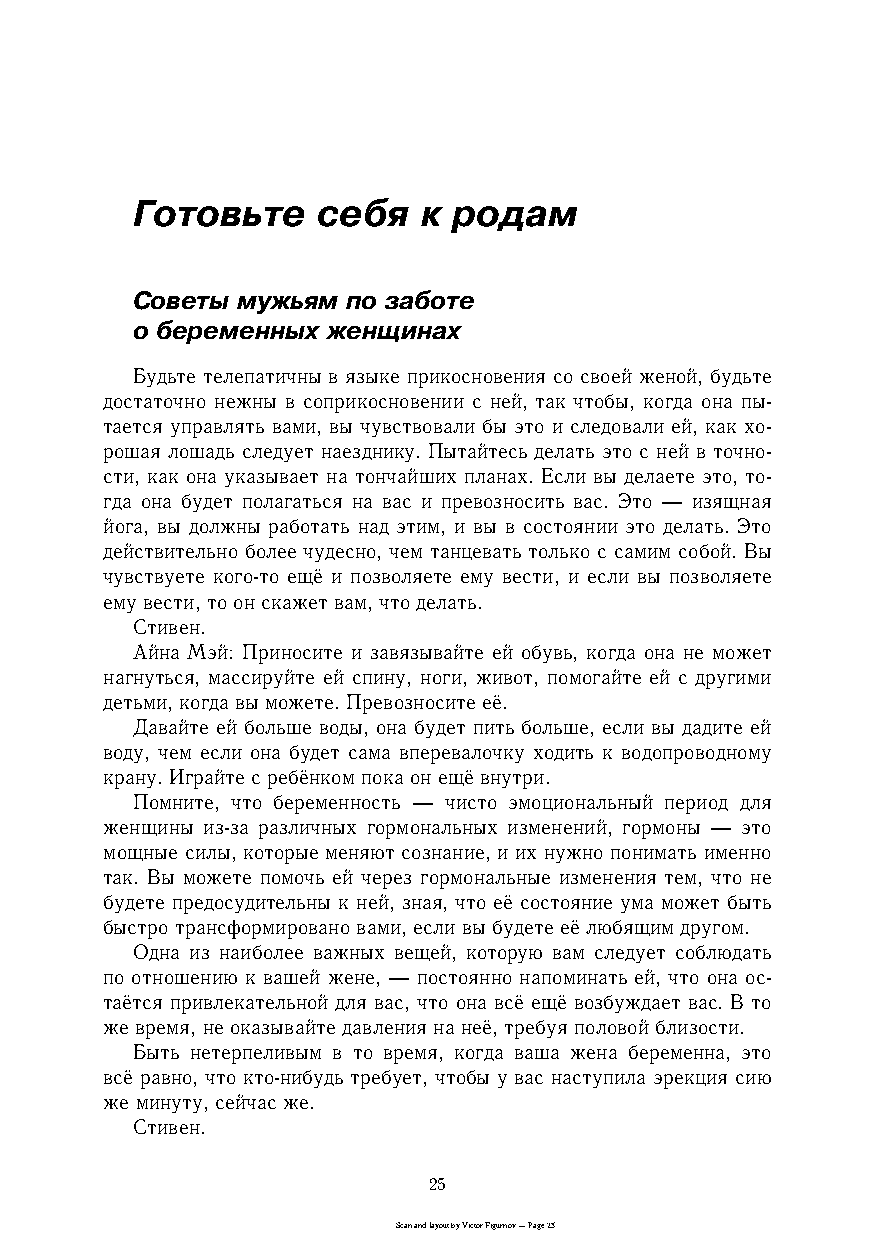
Готовьте    себя   к родам
 Советы мужьям по заботе
 о беременных женщинах
 Будьте телепатичны в языке прикосновения со своей женой, будьте
 достаточно нежны в соприкосновении с ней, так чтобы, когда она пыc
 тается управлять вами, вы чувствовали бы это и следовали ей, как хоc
 рошая лошадь следует наезднику. Пытайтесь делать это с ней в точноc
 сти, как она указывает на тончайших планах. Если вы делаете это, тоc
 гда она будет полагаться на вас и превозносить вас. Это — изящная
 йога, вы должны работать над этим, и вы в состоянии это делать. Это
 действительно более чудесно, чем танцевать только с самим собой. Вы
 чувствуете когоcто ещё и позволяете ему вести, и если вы позволяете
 ему вести, то он скажет вам, что делать.
 Стивен.
 Айна Мэй: Приносите и завязывайте ей обувь, когда она не может
 нагнуться, массируйте ей спину, ноги, живот, помогайте ей с другими
 детьми, когда вы можете. Превозносите её.
 Давайте ей больше воды, она будет пить больше, если вы дадите ей
 воду, чем если она будет сама вперевалочку ходить к водопроводному
 крану. Играйте с ребёнком пока он ещё внутри.
 Помните, что беременность — чисто эмоциональный период для
 женщины изcза различных гормональных изменений, гормоны — это
 мощные силы, которые меняют сознание, и их нужно понимать именно
 так. Вы можете помочь ей через гормональные изменения тем, что не
 будете предосудительны к ней, зная, что её состояние ума может быть
 быстро трансформировано вами, если вы будете её любящим другом.
 Одна из наиболее важных вещей, которую вам следует соблюдать
 по отношению к вашей жене, — постоянно напоминать ей, что она осc
 таётся привлекательной для вас, что она всё ещё возбуждает вас. В то
 же время, не оказывайте давления на неё, требуя половой близости.
 Быть нетерпеливым в то время, когда ваша жена беременна, это
 всё равно, что ктоcнибудь требует, чтобы у вас наступила эрекция сию
 же минуту, сейчас же.
 Стивен.
 25
 Scan and layout by Victor Figurnov — Page 25